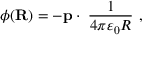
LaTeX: \phi ( \mathbf { R } ) = - \mathbf { p } \cdot \mathbf { \nabla } { \frac { 1 } { 4 \pi \varepsilon _ { 0 } R } } \ ,